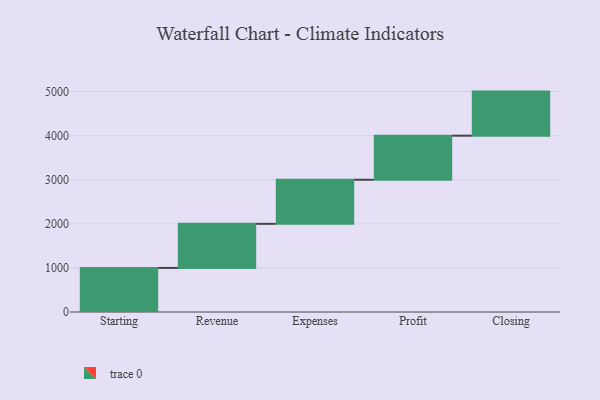
{"axis": {"x": "Step", "y": "Value"}, "legend": [""], "data": [{"x": "Starting", "y": 1000, "type": ""}, {"x": "Revenue", "y": 1000, "type": ""}, {"x": "Expenses", "y": 1000, "type": ""}, {"x": "Profit", "y": 1000, "type": ""}, {"x": "Closing", "y": 1000, "type": ""}]}